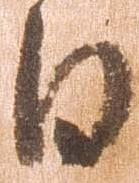
日